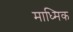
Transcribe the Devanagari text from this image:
माध्मिक